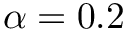
\alpha = 0 . 2